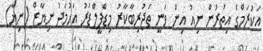
އަކުރަމްގެ އިތުރުން ނިއު އިން ވަނީ ތަޖުރިބާކާރު މިޑްފީލްޑަރު އަހުމަދު ނިޔާޒް (ނިޔާ)